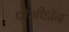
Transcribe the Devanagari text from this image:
पोजीडॉन